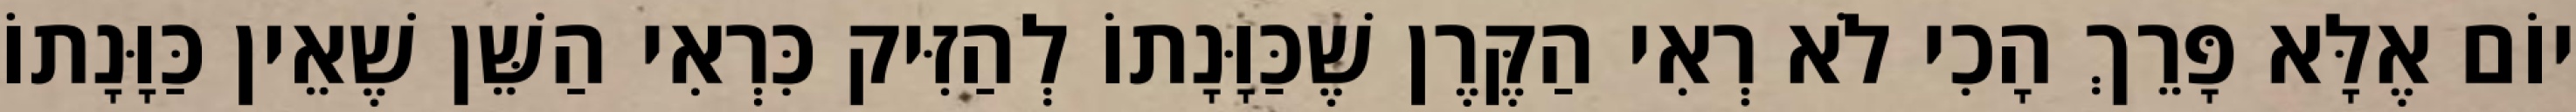
יוֹם אֶלָּא פָּרֵךְ הָכִי לֹא רְאִי הַקֶּרֶן שֶׁכַּוָּנָתוֹ לְהַזִּיק כִּרְאִי הַשֵּׁן שֶׁאֵין כַּוָּנָתוֹ